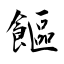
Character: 饇